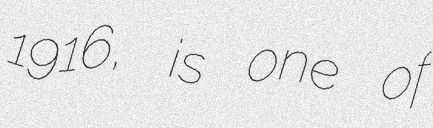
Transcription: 1916, is one of